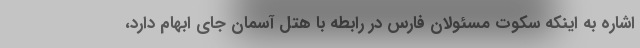
اشاره به اینکه سکوت مسئولان فارس در رابطه با هتل آسمان جای ابهام دارد،